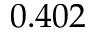
0 . 4 0 2